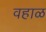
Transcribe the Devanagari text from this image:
वहाळ